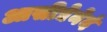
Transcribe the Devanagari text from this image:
आसीद्येनेदं